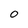
Character: 0